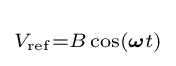
\scriptstyle V_{\mathrm {ref} }=B\cos({\boldsymbol {\omega }}t)